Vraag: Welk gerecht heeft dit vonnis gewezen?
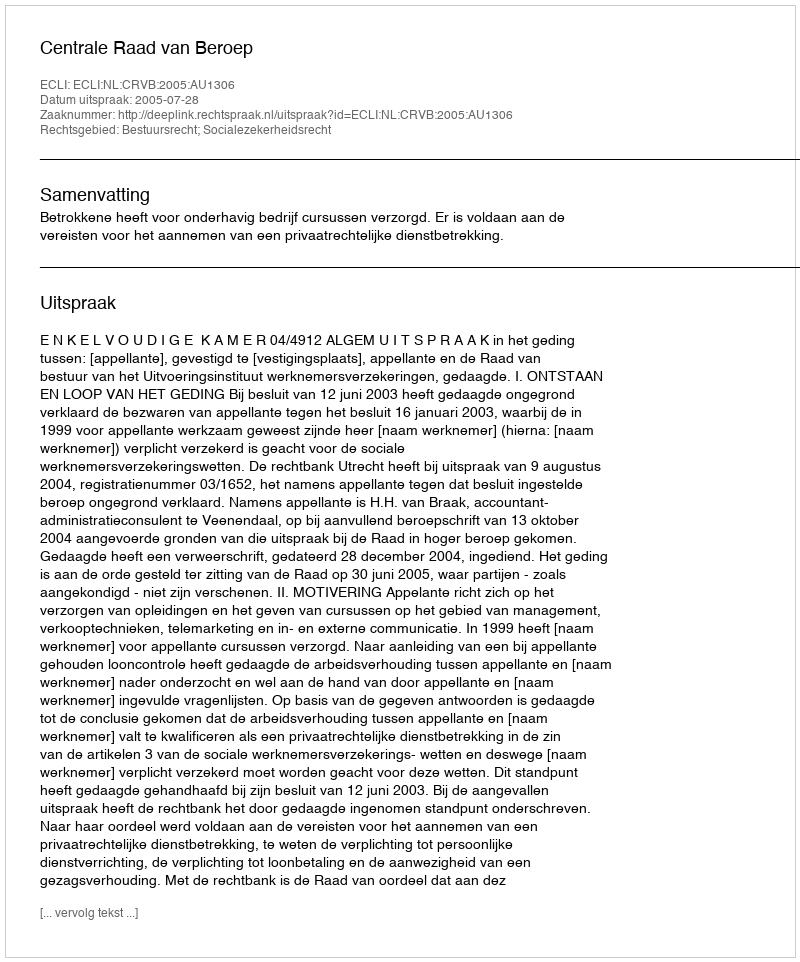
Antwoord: Centrale Raad van Beroep